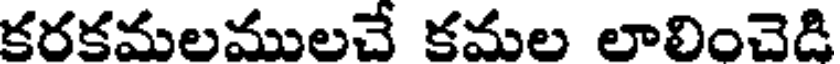
కరకమలములచే కమల లాలించెడి